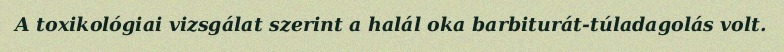
A toxikológiai vizsgálat szerint a halál oka barbiturát-túladagolás volt.